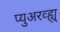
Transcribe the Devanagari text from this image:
प्युअरव्ह्यु